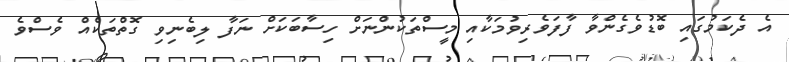
އެ ދެކަމުގައި ބޮޑުވެގެންވާ ފާފަވެރިވުމަކާއި މީސްތަކުންނަށް ހިސާބަކަށް ނަފާ ލިބެނިވި ގޮތްތަކެއް ވެސްވެ